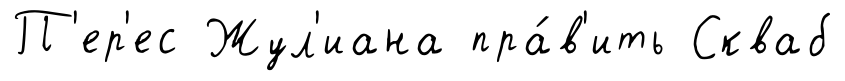
П'ер'ес Жул'иана пра́в'ить Скваб